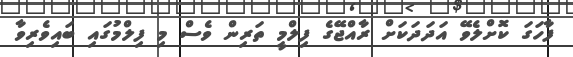
ފާހަގަ ކޮށްލެވޭ އަދަދަކަށް ރާއްޖޭގެ ފިލްމީ ތަރިން ވެސް މި ފިލްމުގައި ބައިވެރިވާ